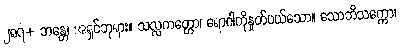
၂၈၇+ ဘန္တေ၊ အရှင်ဘုရား။ သလ္လကတ္တော၊ ရောဂါကိုနှုတ်ပယ်သော။ သောဘိသက္ကော၊